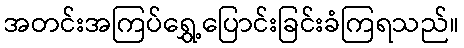
အတင်းအကြပ်ရွှေ့ပြောင်းခြင်းခံကြရသည်။